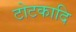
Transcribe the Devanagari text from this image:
टोटकादि